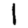
Digit: 1